Senior Leaving Certificate Examination (including Day School Certificate (Higher) General paper), 1947
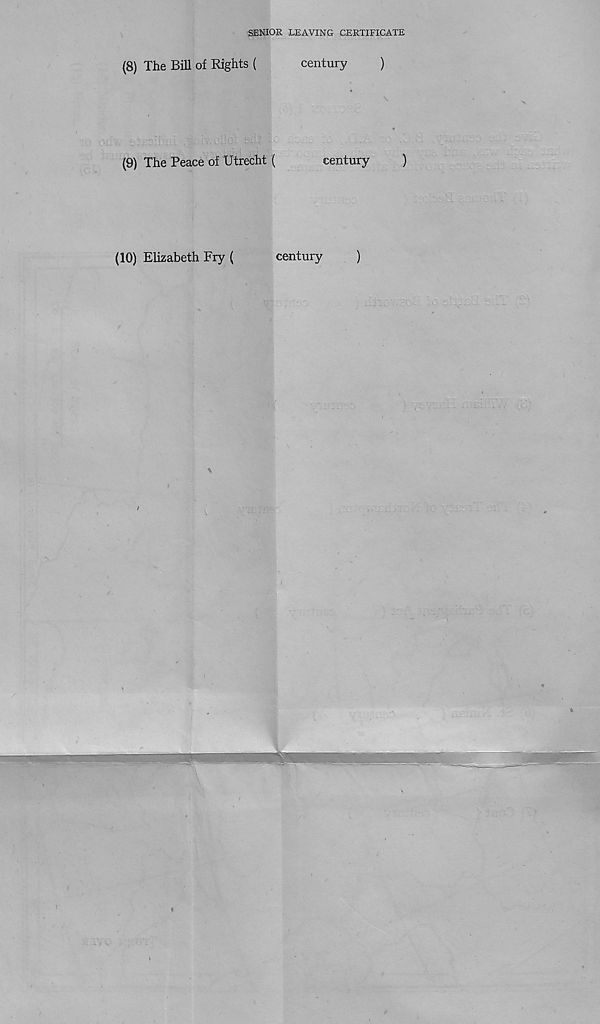
SENIOR LEAVING CERTIFICATE
(8) The Bill of Rights (
(9) The Peace of Utrecht (
century
)
century
)
(10) Elizabeth Fry (
century
)